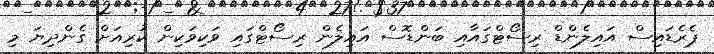
ޕެރެޑައިސް އައިލެންޑް ރިސޯޓްގައާއި ބަންޑޮސް އައިލެން ރިސޯޓްގައި ވަކިވަކިން ކުރިއަށް ގެންދިޔަ މި